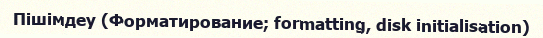
Пішімдеу (Форматирование; formatting, disk initialisation)